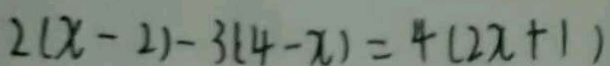
2 ( x - 2 ) - 3 ( 4 - x ) = 4 ( 2 x + 1 )